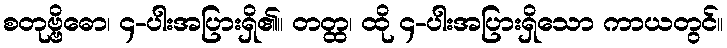
စတုဗ္ဗိဓော၊ ၄-ပါးအပြားရှိ၏။ တတ္ထ၊ ထို ၄-ပါးအပြားရှိသော ကာယတွင်။